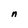
Character: n